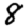
Digit: 8